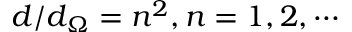
d / d _ { \Omega } = n ^ { 2 } , n = 1 , 2 , \cdots